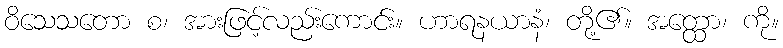
ဝိသေသတော စ၊ အားဖြင့်လည်းကောင်း။ ဟာရနယာနံ၊ တို့၏။ အတ္ထော၊ ကို။